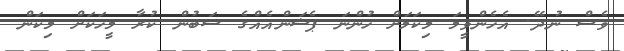
ވެސް ނުދޭ. އެހެންވީމަ މިކަމަށް ހުންނަ ޕެޝަންއެއްގެ ސަބުން ކުރާ މީހަކަށް މިކަން